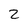
Character: 2